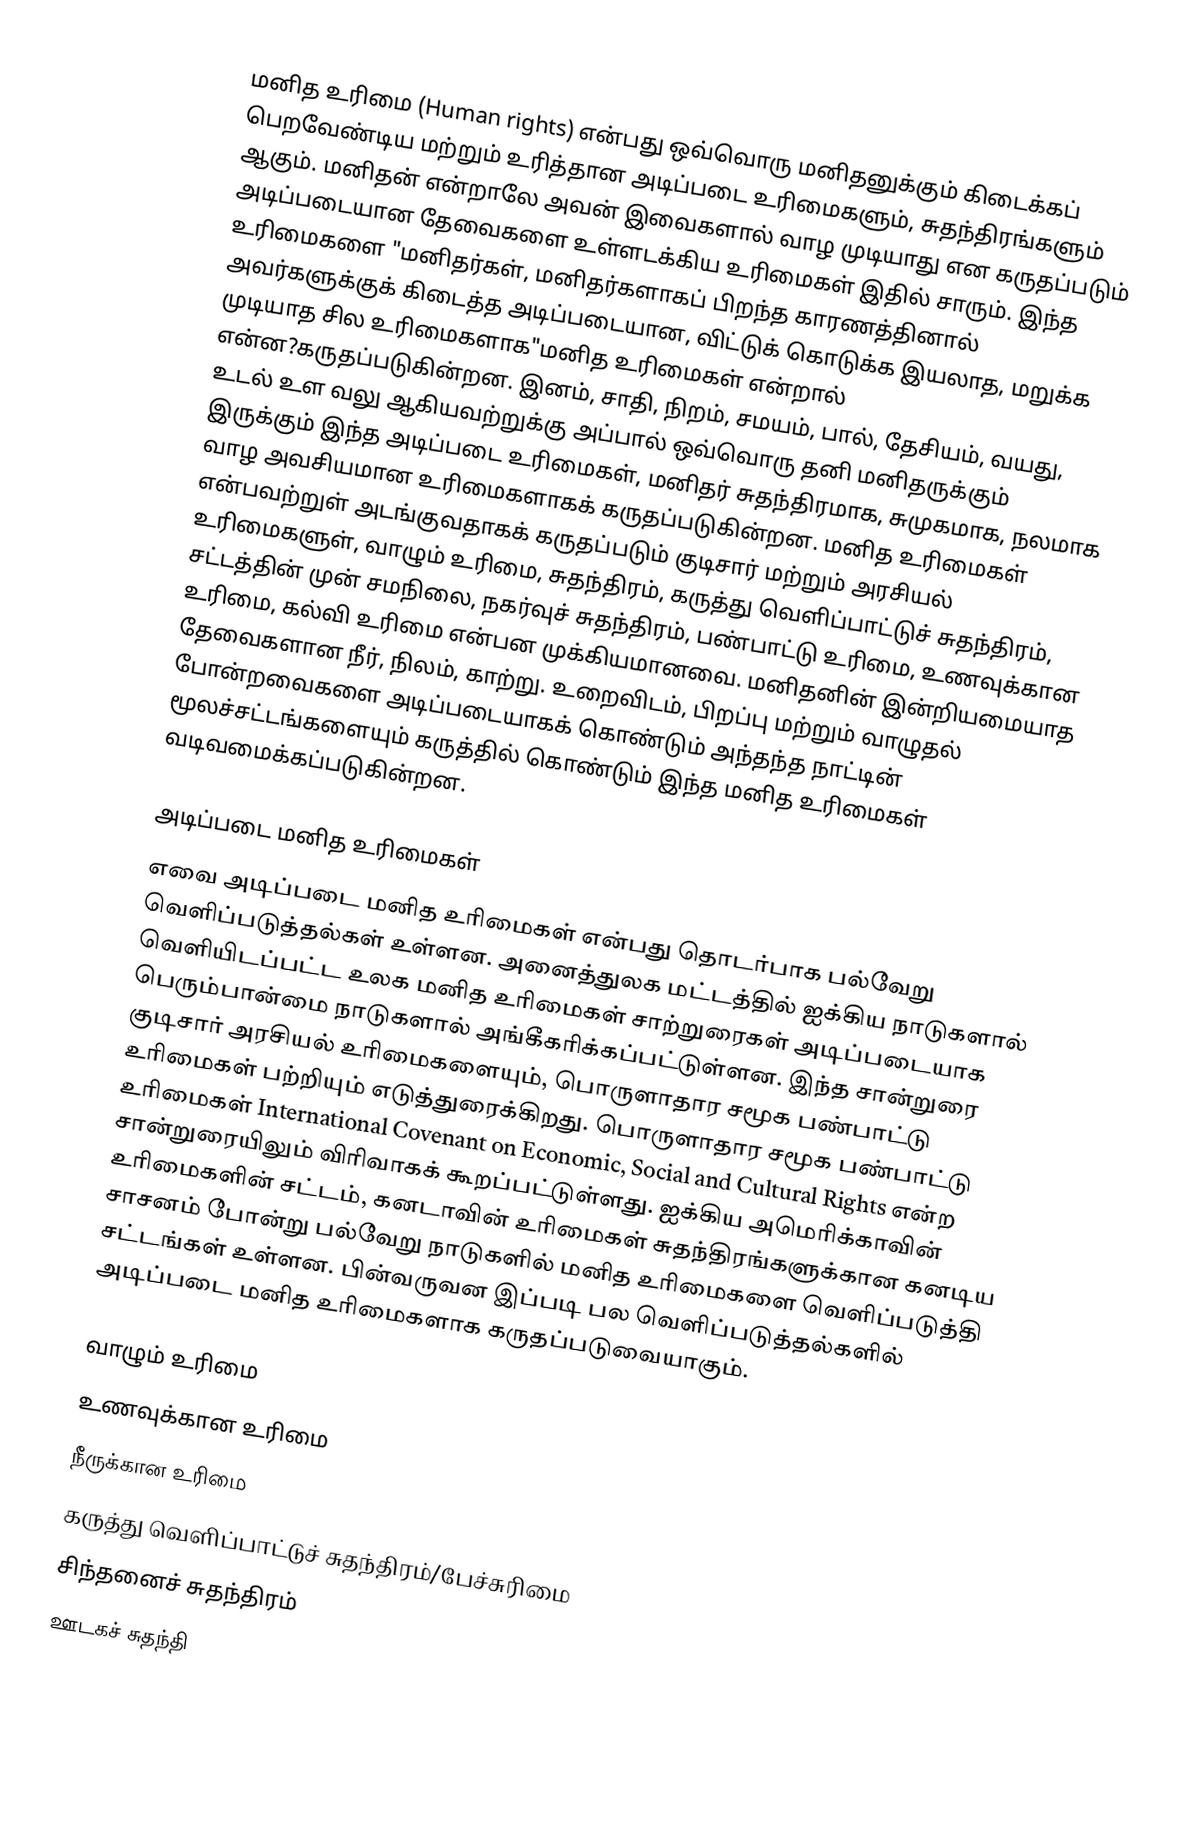
மனித உரிமை (Human rights) என்பது ஒவ்வொரு மனிதனுக்கும் கிடைக்கப் பெறவேண்டிய மற்றும் உரித்தான அடிப்படை உரிமைகளும், சுதந்திரங்களும் ஆகும். மனிதன் என்றாலே அவன் இவைகளால் வாழ முடியாது என கருதப்படும் அடிப்படையான தேவைகளை உள்ளடக்கிய உரிமைகள் இதில் சாரும். இந்த உரிமைகளை "மனிதர்கள், மனிதர்களாகப் பிறந்த காரணத்தினால் அவர்களுக்குக் கிடைத்த அடிப்படையான, விட்டுக் கொடுக்க இயலாத, மறுக்க முடியாத சில உரிமைகளாக"மனித உரிமைகள் என்றால் என்ன?கருதப்படுகின்றன. இனம், சாதி, நிறம், சமயம், பால், தேசியம், வயது, உடல் உள வலு ஆகியவற்றுக்கு அப்பால் ஒவ்வொரு தனி மனிதருக்கும் இருக்கும் இந்த அடிப்படை உரிமைகள், மனிதர் சுதந்திரமாக, சுமுகமாக, நலமாக வாழ அவசியமான உரிமைகளாகக் கருதப்படுகின்றன. மனித உரிமைகள் என்பவற்றுள் அடங்குவதாகக் கருதப்படும் குடிசார் மற்றும் அரசியல் உரிமைகளுள், வாழும் உரிமை, சுதந்திரம், கருத்து வெளிப்பாட்டுச் சுதந்திரம், சட்டத்தின் முன் சமநிலை, நகர்வுச் சுதந்திரம், பண்பாட்டு உரிமை, உணவுக்கான உரிமை, கல்வி உரிமை என்பன முக்கியமானவை. மனிதனின் இன்றியமையாத தேவைகளான நீர், நிலம், காற்று. உறைவிடம், பிறப்பு மற்றும் வாழுதல் போன்றவைகளை அடிப்படையாகக் கொண்டும் அந்தந்த நாட்டின் மூலச்சட்டங்களையும் கருத்தில் கொண்டும் இந்த மனித உரிமைகள் வடிவமைக்கப்படுகின்றன.

அடிப்படை மனித உரிமைகள்
எவை அடிப்படை மனித உரிமைகள் என்பது தொடர்பாக பல்வேறு வெளிப்படுத்தல்கள் உள்ளன. அனைத்துலக மட்டத்தில் ஐக்கிய நாடுகளால் வெளியிடப்பட்ட உலக மனித உரிமைகள் சாற்றுரைகள் அடிப்படையாக பெரும்பான்மை நாடுகளால் அங்கீகரிக்கப்பட்டுள்ளன. இந்த சான்றுரை குடிசார் அரசியல் உரிமைகளையும், பொருளாதார சமூக பண்பாட்டு உரிமைகள் பற்றியும் எடுத்துரைக்கிறது. பொருளாதார சமூக பண்பாட்டு உரிமைகள் International Covenant on Economic, Social and Cultural Rights என்ற சான்றுரையிலும் விரிவாகக் கூறப்பட்டுள்ளது. ஐக்கிய அமெரிக்காவின் உரிமைகளின் சட்டம், கனடாவின் உரிமைகள் சுதந்திரங்களுக்கான கனடிய சாசனம் போன்று பல்வேறு நாடுகளில் மனித உரிமைகளை வெளிப்படுத்தி சட்டங்கள் உள்ளன. பின்வருவன இப்படி பல வெளிப்படுத்தல்களில் அடிப்படை மனித உரிமைகளாக கருதப்படுவையாகும்.

 வாழும் உரிமை
 உணவுக்கான உரிமை
 நீருக்கான உரிமை
 கருத்து வெளிப்பாட்டுச் சுதந்திரம்/பேச்சுரிமை
 சிந்தனைச் சுதந்திரம்
 ஊடகச் சுதந்தி